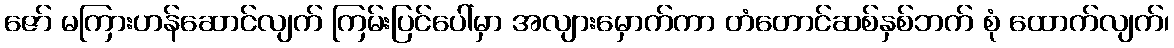
ဇော် မကြားဟန်ဆောင်လျက် ကြမ်းပြင်ပေါ်မှာ အလျားမှောက်ကာ တံတောင်ဆစ်နှစ်ဘက် စုံ ထောက်လျက်၊